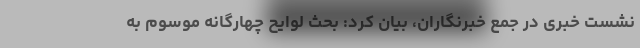
نشست خبری در جمع خبرنگاران، بیان کرد: بحث لوایح چهارگانه موسوم به